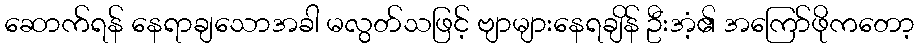
ဆောက်ရန် နေရာချသောအခါ မလွတ်သဖြင့် ဗျာများနေရချိန် ဦးအံ့၏ အကြော်ဖိုကတော့